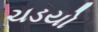
ચડયો